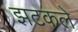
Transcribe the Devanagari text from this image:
झटकले